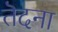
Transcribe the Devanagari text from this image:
तॆदना